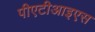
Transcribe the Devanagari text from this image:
पीएटीआइएस